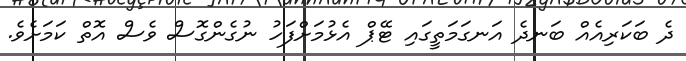
ދެ ބަކަރިއެއް ބަނދެ އަނގަމަތީގައި ޓޭޕް އެޅުމަށްފަހު ނުގެންގޮސް ވެސް އޮތް ކަމަށެވެ.